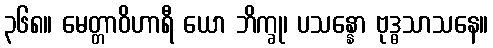
၃၆၈။ မေတ္တာဝိဟာရီ ယော ဘိက္ခု၊ ပသန္နော ဗုဒ္ဓသာသနေ။